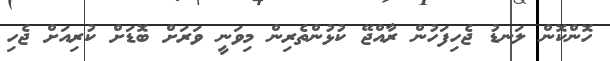
ހޮންކޮން ލަނޑު ޖެހިފަހުން ރާއްޖޭ ކުޅުންތެރިން މިވަނީ ވަރަށް ބޮޑަށް ކުރިއަށް ޖެހި